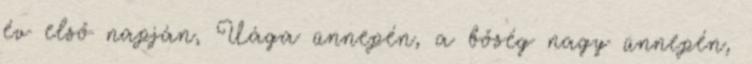
év első napján, Uága ünnepén, a bőség nagy ünnepén,